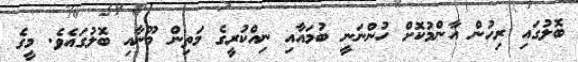
ބޮލުގައި ރިހުން އާންމުކޮށް ހުންނަނީ ބުމައާއި ނިއްކުރީގެ މަތިން މޫނާއި ބޮލުގައެވެ. މީގެ